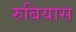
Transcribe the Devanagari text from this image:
रुबियास